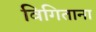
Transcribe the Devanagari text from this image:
विगिताना